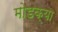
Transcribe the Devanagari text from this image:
मोडक्या